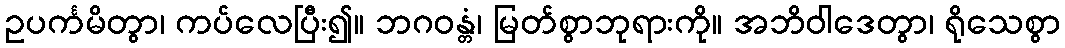
ဥပင်္ကမိတွာ၊ ကပ်လေပြီး၍။ ဘဂဝန္တံ၊ မြတ်စွာဘုရားကို။ အဘိဝါဒေတွာ၊ ရိုသေစွာ